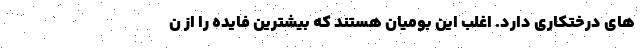
های درختکاری دارد. اغلب این بومیان هستند که بیشترین فایده را از ن